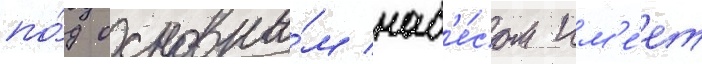
по́д основны́м нав'е́сом им'е́ет